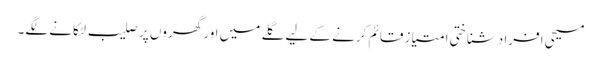
مسیحی افراد شناختی امتیاز قائم کرنے کے لیے گلے میں اور گھروں پر صلیب لٹکانے لگے۔